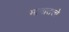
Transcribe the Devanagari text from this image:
भाषातत्त्वे